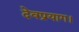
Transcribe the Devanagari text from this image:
देवप्रयाग।